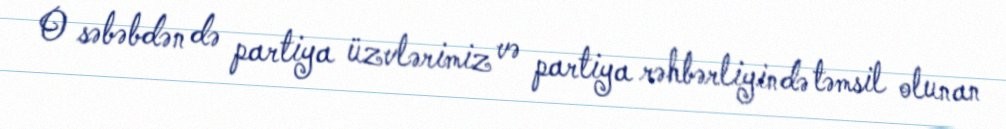
O səbəbdən də partiya üzvlərimiz və partiya rəhbərliyində təmsil olunan